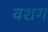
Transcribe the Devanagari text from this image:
वशग